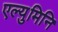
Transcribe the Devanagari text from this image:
एल्युमिनि